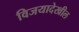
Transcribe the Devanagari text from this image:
विजयादेखील